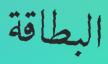
البطاقة